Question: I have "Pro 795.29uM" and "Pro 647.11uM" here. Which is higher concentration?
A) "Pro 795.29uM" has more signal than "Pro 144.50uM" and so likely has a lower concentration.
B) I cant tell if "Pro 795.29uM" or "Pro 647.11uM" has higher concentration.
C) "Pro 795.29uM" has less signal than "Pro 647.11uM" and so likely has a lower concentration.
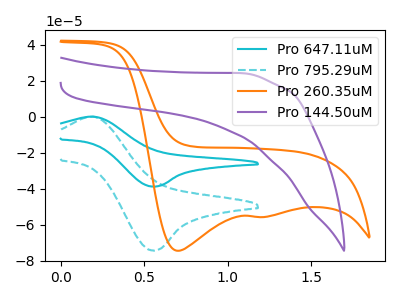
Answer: <think>The cyan curve "Pro 647.11uM" has an anodic peak at (0.20V, -0.05uA) and a cathodic peak at (0.55V, -38.80uA). The cyan dashed curve "Pro 795.29uM" has an anodic peak at (0.20V, -0.10uA) and a cathodic peak at (0.55V, -74.40uA). The orange curve "Pro 260.35uM" has cathodic peaks at (0.70V, -74.40uA) (1.20V, -55.65uA). The purple curve "Pro 144.50uM" has no peaks.
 All the peaks in "Pro 795.29uM" have a peak in "Pro 647.11uM" at the same potential.</think>
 <answer>B) I cant tell if "Pro 795.29uM" or "Pro 647.11uM" has higher concentration.</answer>
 <eval>B</eval>